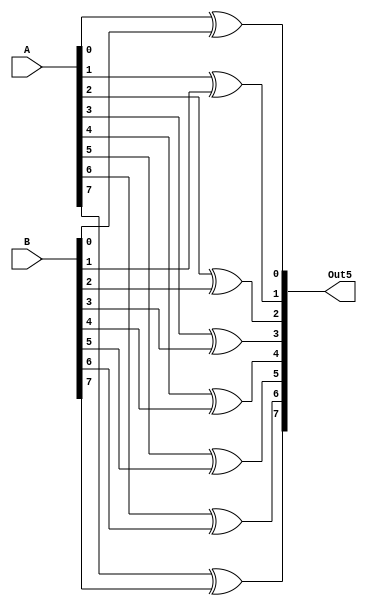
`timescale 1ns / 1ps

/*------------------------------------------------
 * Module:    Bitwise XOR (8-bit)
 -----------------------------------------------*/
 
 /************************************************ 
 // [INPUTS]
 // Operands:  A, B (8-bit) 
 
 // [OUTPUTS]
 // Output:	   Out5 (8-bit)
 ************************************************/ 
 
module BitwiseXOR(
	input [7:0] A, B,
	output reg [7:0] Out5
);
	
	/*
	assign Out5[0] = A[0] ^ B[0];
	assign Out5[1] = A[1] ^ B[1];
	assign Out5[2] = A[2] ^ B[2];
	assign Out5[3] = A[3] ^ B[3];
	assign Out5[4] = A[4] ^ B[4];
	assign Out5[5] = A[5] ^ B[5];
	assign Out5[6] = A[6] ^ B[6];
	assign Out5[7] = A[7] ^ B[7];
	*/
	
	always@(A or B)
	begin
		 Out5[0] <= A[0] ^ B[0];
		 Out5[1] <= A[1] ^ B[1];
		 Out5[2] <= A[2] ^ B[2];
		 Out5[3] <= A[3] ^ B[3];
		 Out5[4] <= A[4] ^ B[4];
		 Out5[5] <= A[5] ^ B[5];
		 Out5[6] <= A[6] ^ B[6];
		 Out5[7] <= A[7] ^ B[7];
	end
	
endmodule